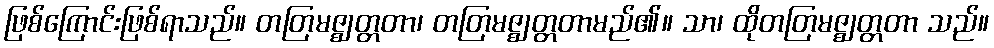
ဖြစ်ကြောင်းဖြစ်ရာသည်။ တတြမဇ္ဈတ္တတာ၊ တတြမဇ္ဈတ္တတာမည်၏။ သာ၊ ထိုတတြမဇ္ဈတ္တတာ သည်။